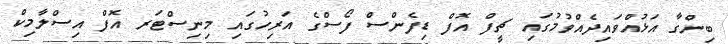
ބިންގާ އަޅުއްވައިދެއްވުމުގައި ޗީފް އޮފް ޑިފެންސް ފޯސްގެ އަރިހުގައި މިނިސްޓަރ އޮފް އިސްލާމިކް